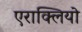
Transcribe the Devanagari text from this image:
एराक्लियो